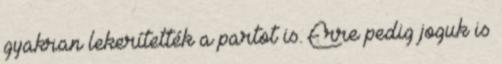
gyakran lekerítették a partot is. Erre pedig joguk is